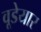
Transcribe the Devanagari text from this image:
वूडेयार